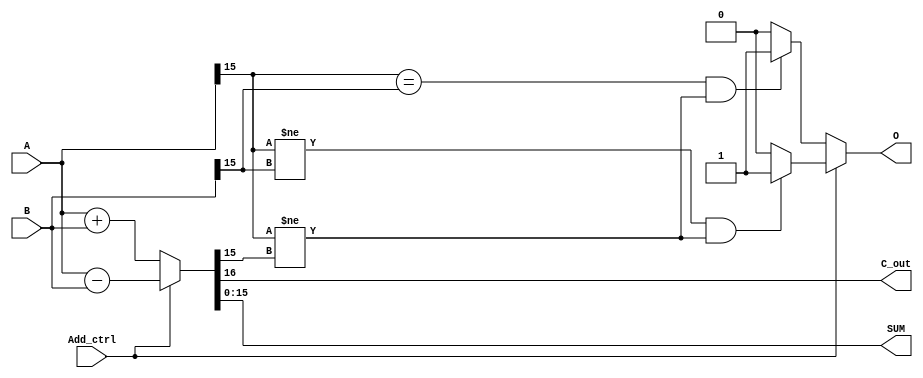
module adder_16bit_b(A , B ,Add_ctrl , O , C_out , SUM);

input [15:00] A , B ;
input Add_ctrl;//1 for sub ,0 for add

output [15:0] SUM ;
reg [16:0] temp;
output C_out ;
output O ;
always@(*)
begin

temp=(Add_ctrl==0)?(A+B):(A-B);
end
assign O=(Add_ctrl==0)?((A[15]==B[15]&&A[15]!=temp[15])?1:0):((A[15]!=B[15]&&A[15]!=temp[15])?1:0);
assign SUM=temp[15:0];
assign C_out=temp[16];



endmodule